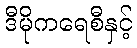
ဒီမိုကရေစီနှင့်